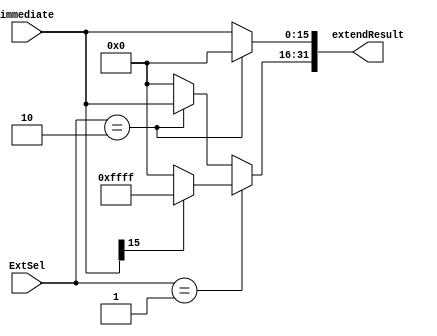
`timescale 1ns / 1ps
//////////////////////////////////////////////////////////////////////////////////
// Company: 
// Engineer: 
// 
// Design Name: 
// Module Name: ExtendUnit
// Project Name: 
// Target Devices: 
// Tool Versions: 
// Description: 
// 
// Dependencies: 
// 
// Revision:
// Revision 0.01 - File Created
// Additional Comments:
// 
//////////////////////////////////////////////////////////////////////////////////


module ExtendUnit(
    input [15:0] immediate,
    input [1:0] ExtSel,
    output [31:0] extendResult
    );
    assign extendResult[15:0]=(ExtSel==2'b10)?16'h0000:immediate[15:0];          //16immediate
    assign extendResult[31:16]=(ExtSel==2'b01)?((immediate[15]==1)?16'hffff:16'h0000):((ExtSel==2'b10)?immediate[15:0]:16'h0000); //16
endmodule